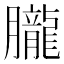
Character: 𦢫